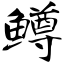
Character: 鳟